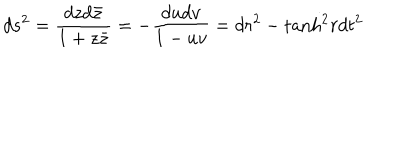
d s ^ { 2 } = { \frac { d z d { \bar { z } } } { 1 + z { \bar { z } } } } = - { \frac { d u d v } { 1 - u v } } = d r ^ { 2 } - \mathrm { t a n h } ^ { 2 } r d t ^ { 2 }